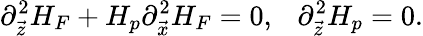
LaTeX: \partial_{\vec{z}}^{2}H_{F}+H_{p}\partial_{\vec{x}}^{2}H_{F}=0,\ \ \ \partial_{\vec{z}}^{2}H_{p}=0.